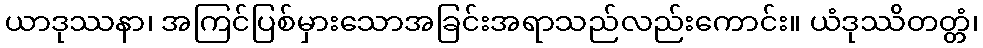
ယာဒုဿနာ၊ အကြင်ပြစ်မှားသောအခြင်းအရာသည်လည်းကောင်း။ ယံဒုဿိတတ္တံ၊